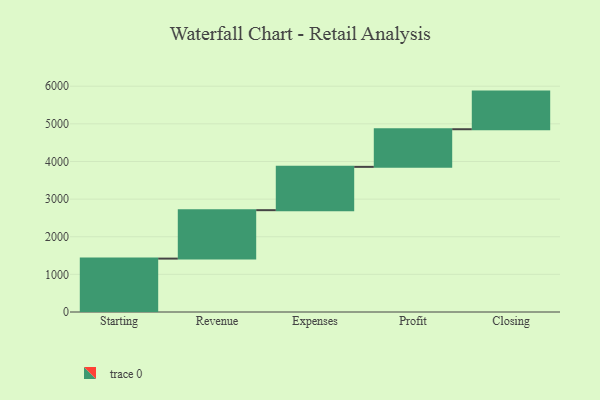
{"axis": {"x": "Step", "y": "Value"}, "legend": [""], "data": [{"x": "Starting", "y": 1419.0, "type": ""}, {"x": "Revenue", "y": 1287.0, "type": ""}, {"x": "Expenses", "y": 1151.0, "type": ""}, {"x": "Profit", "y": 1000, "type": ""}, {"x": "Closing", "y": 1000, "type": ""}]}